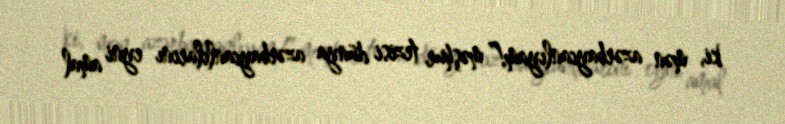
ki, mən azərbaycanlıyam!” məşhur tezisi dünya azərbaycanlılarını eyni amal